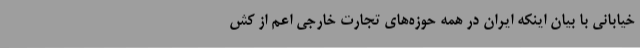
خیابانی با بیان اینکه ایران در همه حوزه‌های تجارت خارجی اعم از کش